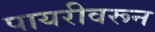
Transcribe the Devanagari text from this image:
पायरीवरून